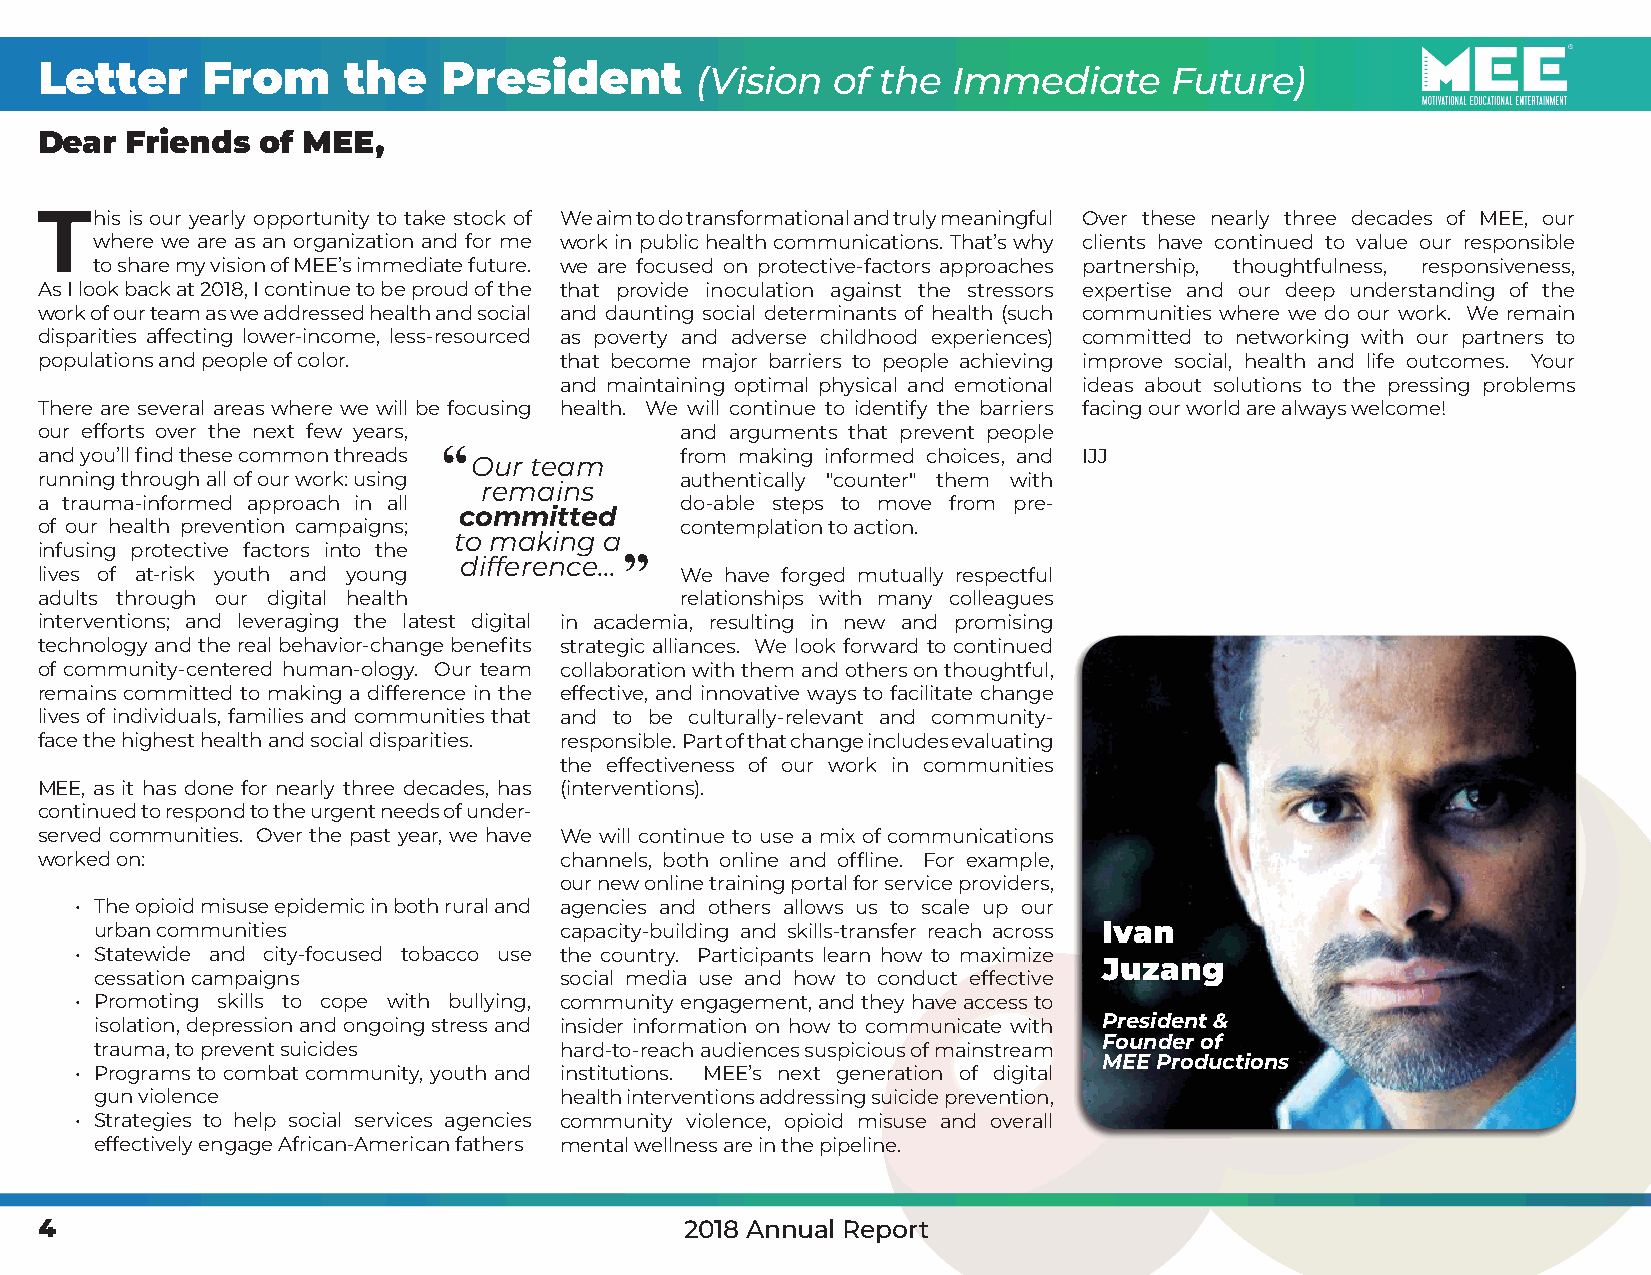
Letter     From      the   President        (Vision  of the  Immediate      Future)
 Dear  Friends  of MEE,
 This  is our yearly opportunity to take stock of We aim to do transformational and truly meaningful Over these nearly three decades of MEE, our
 where we are as an organization and for me work in public health communications. That’s why clients have continued to value our responsible
 to share my vision of MEE’s immediate future. we are focused on protective-factors approaches partnership, thoughtfulness, responsiveness,
 As I look back at 2018, I continue to be proud of the that provide inoculation against the stressors expertise and our deep understanding of the
 work of our team as we addressed health and social and daunting social determinants of health (such communities where we do our work. We remain
 disparities affecting lower-income, less-resourced as poverty and adverse childhood experiences) committed to networking with our partners to
 populations and people of color.   that become major barriers to people achieving improve social, health and life outcomes. Your
 and maintaining optimal physical and emotional ideas about solutions to the pressing problems
 There are several areas where we will be focusing health. We will continue to identify the barriers facing our world are always welcome!
 our efforts over the next few years,       and arguments that prevent people
 and you’ll find these common threads “     from making informed choices, and IJJ
 Our team
 running through all of our work: using     authentically "counter" them with
 remains
 a trauma-informed approach in all          do-able steps to move from pre-
 committed
 of our health prevention campaigns;        contemplation to action.
 to making a
 infusing protective factors into the
 difference... ”
 lives of at-risk youth and young           We have forged mutually respectful
 adults through our digital health          relationships with many colleagues
 interventions; and leveraging the latest digital in academia, resulting in new and promising
 technology and the real behavior-change benefits strategic alliances. We look forward to continued
 of community-centered human-ology. Our team collaboration with them and others on thoughtful,
 remains committed to making a difference in the effective, and innovative ways to facilitate change
 lives of individuals, families and communities that and to be culturally-relevant and community-
 face the highest health and social disparities. responsible. Part of that change includes evaluating
 the effectiveness of our work in communities
 MEE, as it has done for nearly three decades, has (interventions).
 continued to respond to the urgent needs of under-
 served communities. Over the past year, we have We will continue to use a mix of communications
 worked on:                         channels, both online and offline. For example,
 our new online training portal for service providers,
 • The opioid misuse epidemic in both rural and agencies and others allows us to scale up our
 urban communities              capacity-building and skills-transfer reach across Ivan
 • Statewide and city-focused tobacco use the country. Participants learn how to maximize
 Juzang
 cessation campaigns            social media use and how to conduct effective
 • Promoting skills to cope with bullying, community engagement, and they have access to
 isolation, depression and ongoing stress and insider information on how to communicate with President &
 Founder of
 trauma, to prevent suicides    hard-to-reach audiences suspicious of mainstream
 MEE Productions
 • Programs to combat community, youth and institutions. MEE’s next generation of digital
 gun violence                   health interventions addressing suicide prevention,
 • Strategies to help social services agencies community violence, opioid misuse and overall
 effectively engage African-American fathers mental wellness are in the pipeline.
 4                                          2018 Annual Report